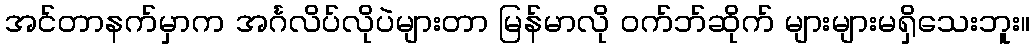
အင်တာနက်မှာက အင်္ဂလိပ်လိုပဲများတာ မြန်မာလို ဝက်ဘ်ဆိုက် များများမရှိသေးဘူး။